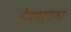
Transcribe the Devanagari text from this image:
हेपबर्नला